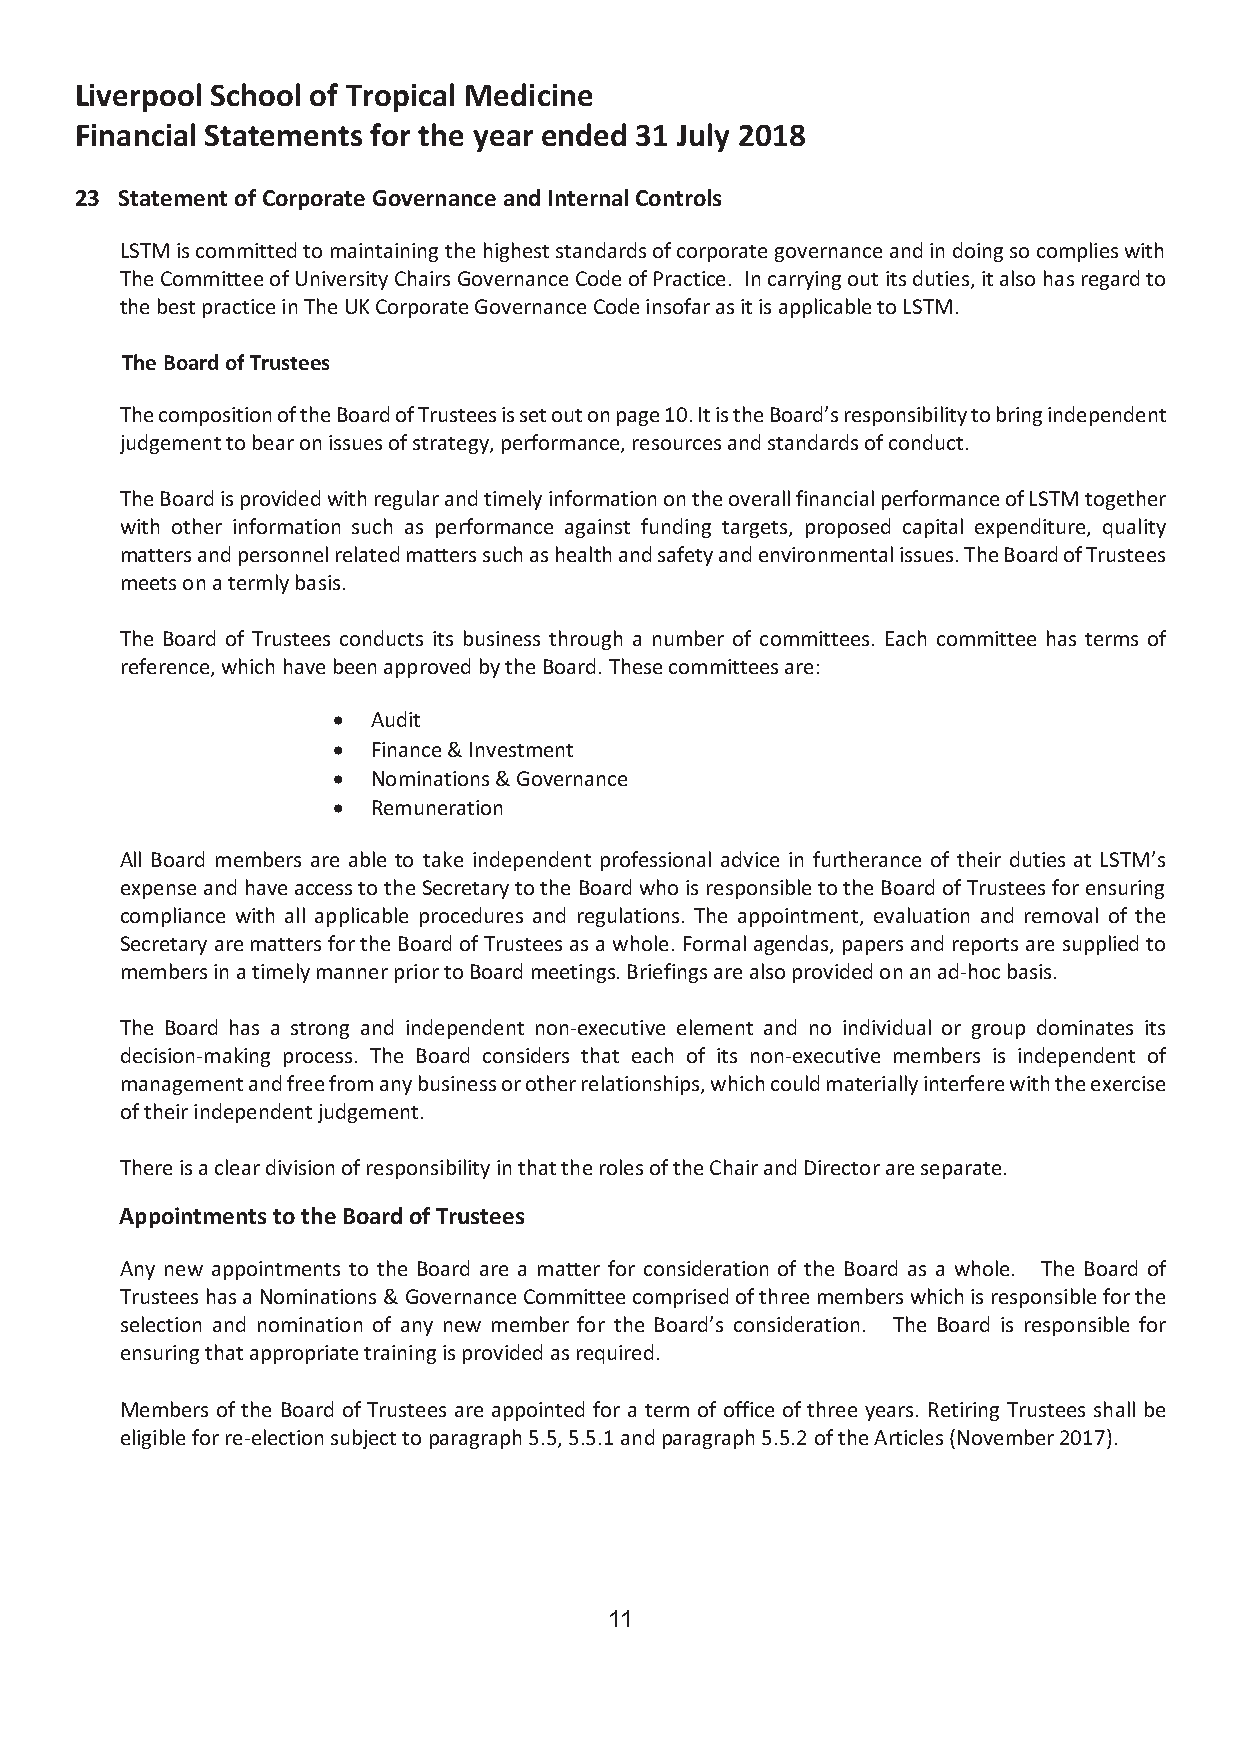
Liverpool School of Tropical Medicine
 Financial Statements for the year ended 31 July 2018
 23 Statement of Corporate Governance and Internal Controls
 LSTM is committed to maintaining the highest standards of corporate governance and in doing so complies with
 The Committee of University Chairs Governance Code of Practice. In carrying out its duties, it also has regard to
 the best practice in The UK Corporate Governance Code insofar as it is applicable to LSTM.
 The Board of Trustees
 The composition of the Board of Trustees is set out on page 10. It is the Board’s responsibility to bring independent
 judgement to bear on issues of strategy, performance, resources and standards of conduct.
 The Board is provided with regular and timely information on the overall financial performance of LSTM together
 with other information such as performance against funding targets, proposed capital expenditure, quality
 matters and personnel related matters such as health and safety and environmental issues. The Board of Trustees
 meets on a termly basis.
 The Board of Trustees conducts its business through a number of committees. Each committee has terms of
 reference, which have been approved by the Board. These committees are:
 (cid:2) Audit
 (cid:2) Finance & Investment
 (cid:2) Nominations & Governance
 (cid:2) Remuneration
 All Board members are able to take independent professional advice in furtherance of their duties at LSTM’s
 expense and have access to the Secretary to the Board who is responsible to the Board of Trustees for ensuring
 compliance with all applicable procedures and regulations. The appointment, evaluation and removal of the
 Secretary are matters for the Board of Trustees as a whole. Formal agendas, papers and reports are supplied to
 members in a timely manner prior to Board meetings. Briefings are also provided on an ad-hoc basis.
 The Board has a strong and independent non-executive element and no individual or group dominates its
 decision-making process. The Board considers that each of its non-executive members is independent of
 management and free from any business or other relationships, which could materially interfere with the exercise
 of their independent judgement.
 There is a clear division of responsibility in that the roles of the Chair and Director are separate.
 Appointments to the Board of Trustees
 Any new appointments to the Board are a matter for consideration of the Board as a whole. The Board of
 Trustees has a Nominations & Governance Committee comprised of three members which is responsible for the
 selection and nomination of any new member for the Board’s consideration. The Board is responsible for
 ensuring that appropriate training is provided as required.
 Members of the Board of Trustees are appointed for a term of office of three years. Retiring Trustees shall be
 eligible for re-election subject to paragraph 5.5, 5.5.1 and paragraph 5.5.2 of the Articles (November 2017).
 11